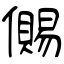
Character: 儩